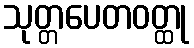
သုတ္တပေတဝတ္ထု